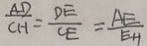
\frac { A D } { C H } = \frac { D E } { C E } = \frac { A E } { E H }